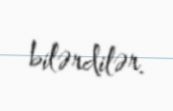
bilərdilər.